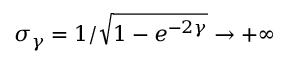
\sigma _ { \gamma } = 1 / \sqrt { 1 - e ^ { - 2 \gamma } } \rightarrow + \infty